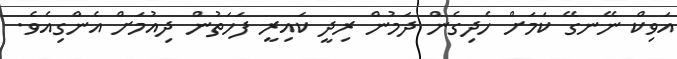
އަވިކް ނޭނގޭ ކަމަށް ހެދިގެން ދަމުން ރިދީ ކައިރީ ފަހަތުން ދިއުމަށް އެންގިއެވެ.